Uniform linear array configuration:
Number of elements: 16
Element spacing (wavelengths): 1
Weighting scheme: blackman
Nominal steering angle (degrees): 30
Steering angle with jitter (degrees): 29.547
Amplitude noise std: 0.05
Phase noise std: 0.05

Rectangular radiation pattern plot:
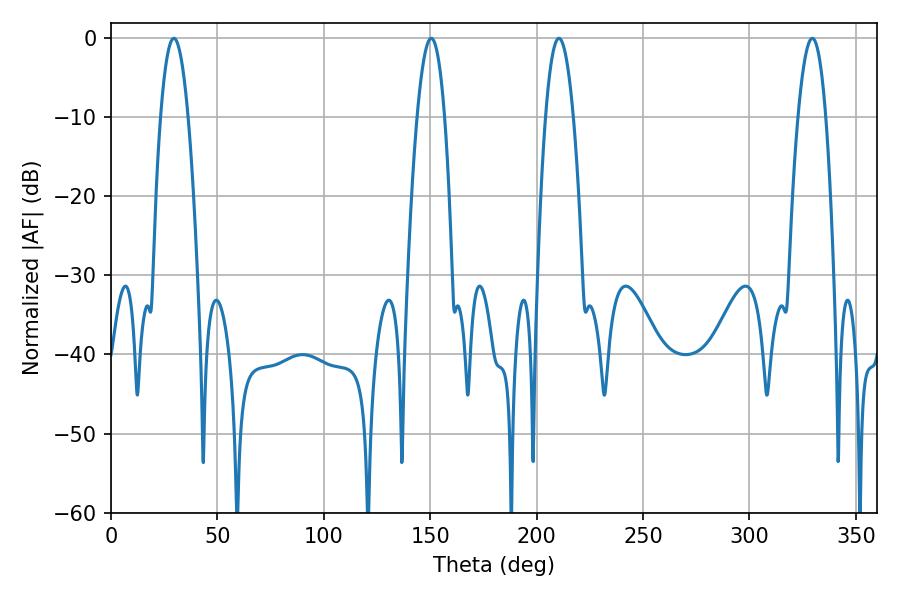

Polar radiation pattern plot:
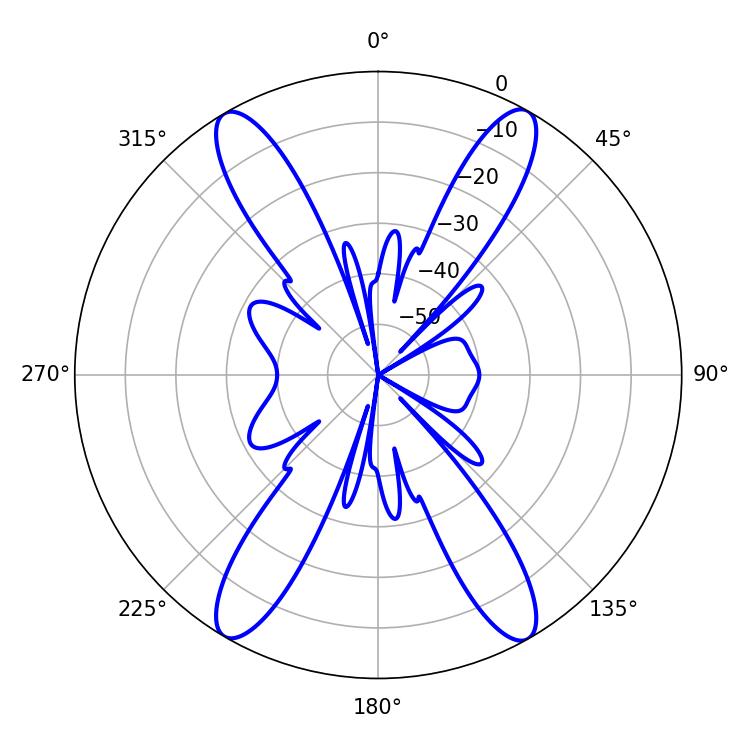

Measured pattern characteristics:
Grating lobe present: TRUE
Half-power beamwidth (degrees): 7.02
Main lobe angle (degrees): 29.52